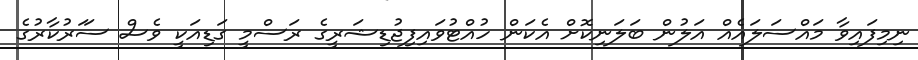
ނިމިފައިވާ މައްސަލައެއް އަލުން ބަލަނިކޮށް އެކަން ހުއްޓުވައިފިޖުޑިޝަރީގެ ރަސްމީ ގަޑިއަކީ ވެސް ސަަރުކާރުގެ